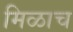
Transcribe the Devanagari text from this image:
मिळाच